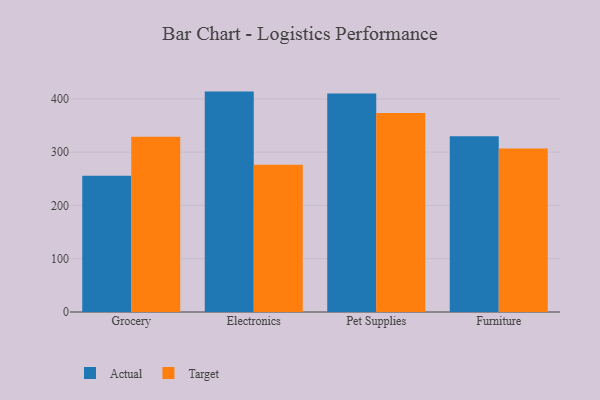
{"axis": {"x": "Category", "y": "Market Share (%)"}, "legend": ["Actual", "Target"], "data": [{"x": "Grocery", "y": 255.7, "type": "Actual"}, {"x": "Grocery", "y": 329.0, "type": "Target"}, {"x": "Electronics", "y": 413.6, "type": "Actual"}, {"x": "Electronics", "y": 276.3, "type": "Target"}, {"x": "Pet Supplies", "y": 410.0, "type": "Actual"}, {"x": "Pet Supplies", "y": 373.5, "type": "Target"}, {"x": "Furniture", "y": 329.8, "type": "Actual"}, {"x": "Furniture", "y": 306.9, "type": "Target"}]}